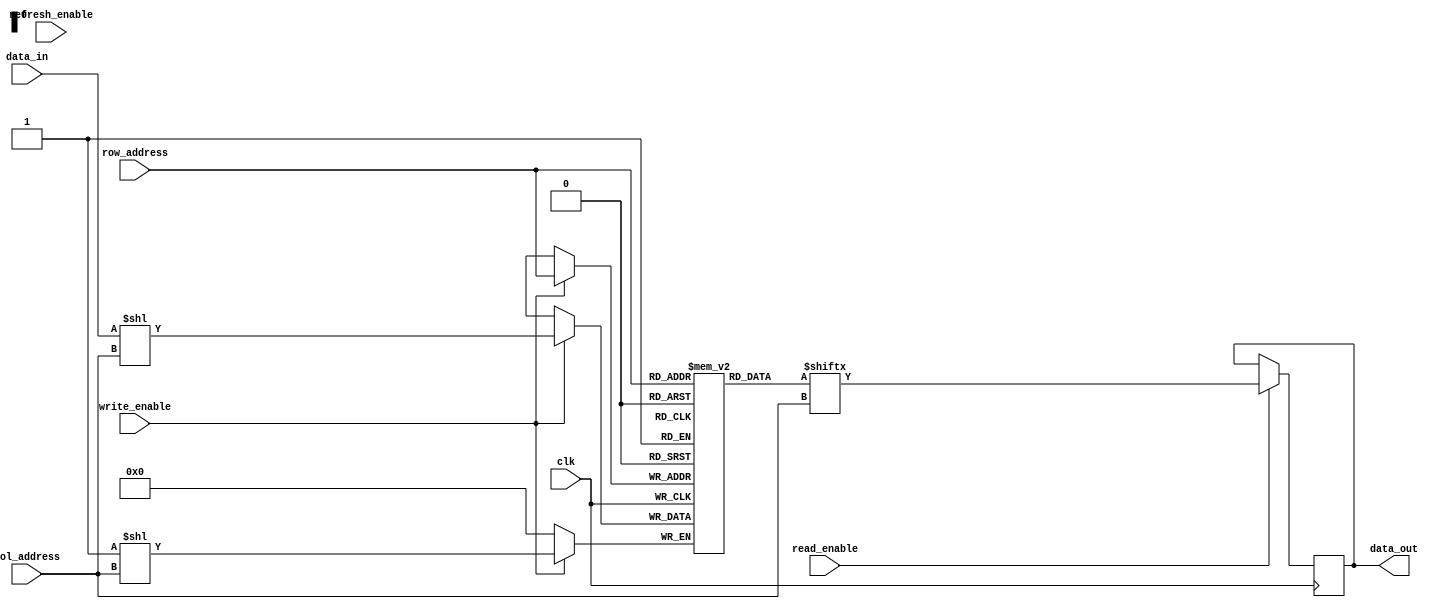
module MemoryBlocks_DRAM (
    input wire clk,
    input wire [9:0] row_address,
    input wire [9:0] col_address,
    input wire write_enable,
    input wire read_enable,
    input wire refresh_enable,
    input wire data_in,
    output wire data_out
);

reg [9:0] stored_data [0:1023];

always @ (posedge clk) begin
    if (write_enable) begin
        stored_data[row_address][col_address] <= data_in;
    end
    if (read_enable) begin
        data_out <= stored_data[row_address][col_address];
    end
    if (refresh_enable) begin
        // Refresh mechanism code
    end
end

endmodule